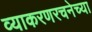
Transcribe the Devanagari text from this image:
व्याकरणरचनेच्या